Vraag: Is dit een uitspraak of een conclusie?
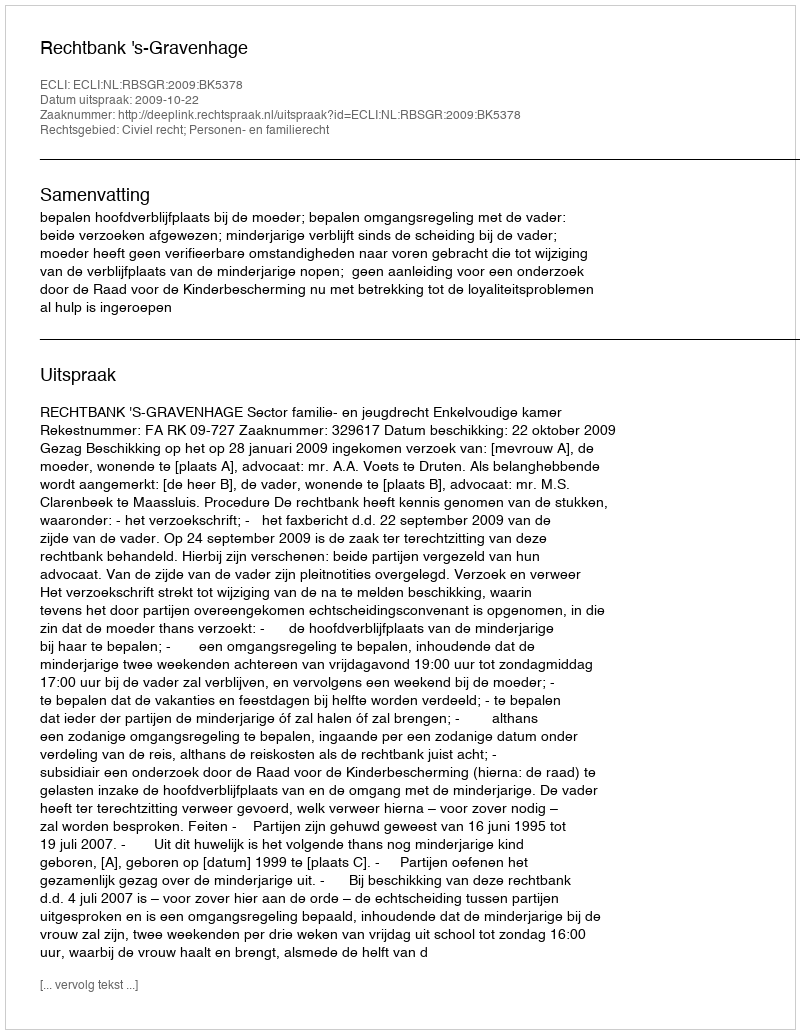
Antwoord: Uitspraak